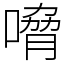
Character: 嗋